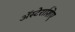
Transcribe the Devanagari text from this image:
अॅस्टेराशिए